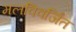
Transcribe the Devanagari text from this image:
मलविवर्जित